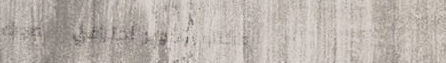
مكتب تصوير احترافي   صورك